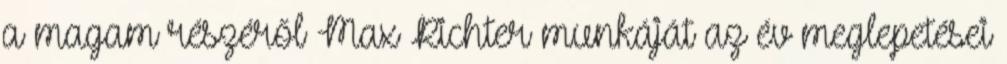
a magam részéről Max Richter munkáját az év meglepetései